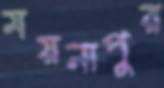
ময়নাপুর